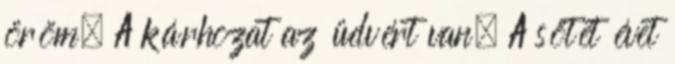
öröm. A kárhozat az üdvért van. A sötét évet